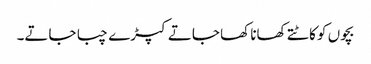
بچوں کو کاٹتے کھانا کھا جاتے کپڑے چبا جاتے۔